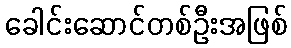
ခေါင်းဆောင်တစ်ဦးအဖြစ်